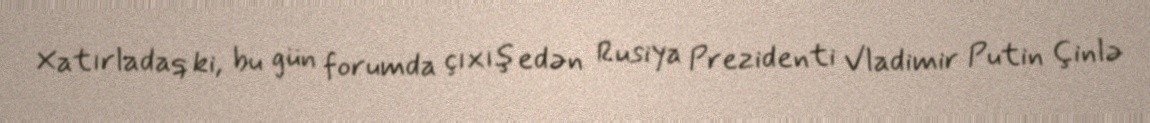
Xatırladaq ki, bu gün forumda çıxış edən Rusiya Prezidenti Vladimir Putin Çinlə